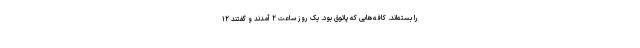
را بسته‌اند. کافه‌هایی که پاتوق بود. یک روز ساعت ۲ آمدند و گفتند ۱۲